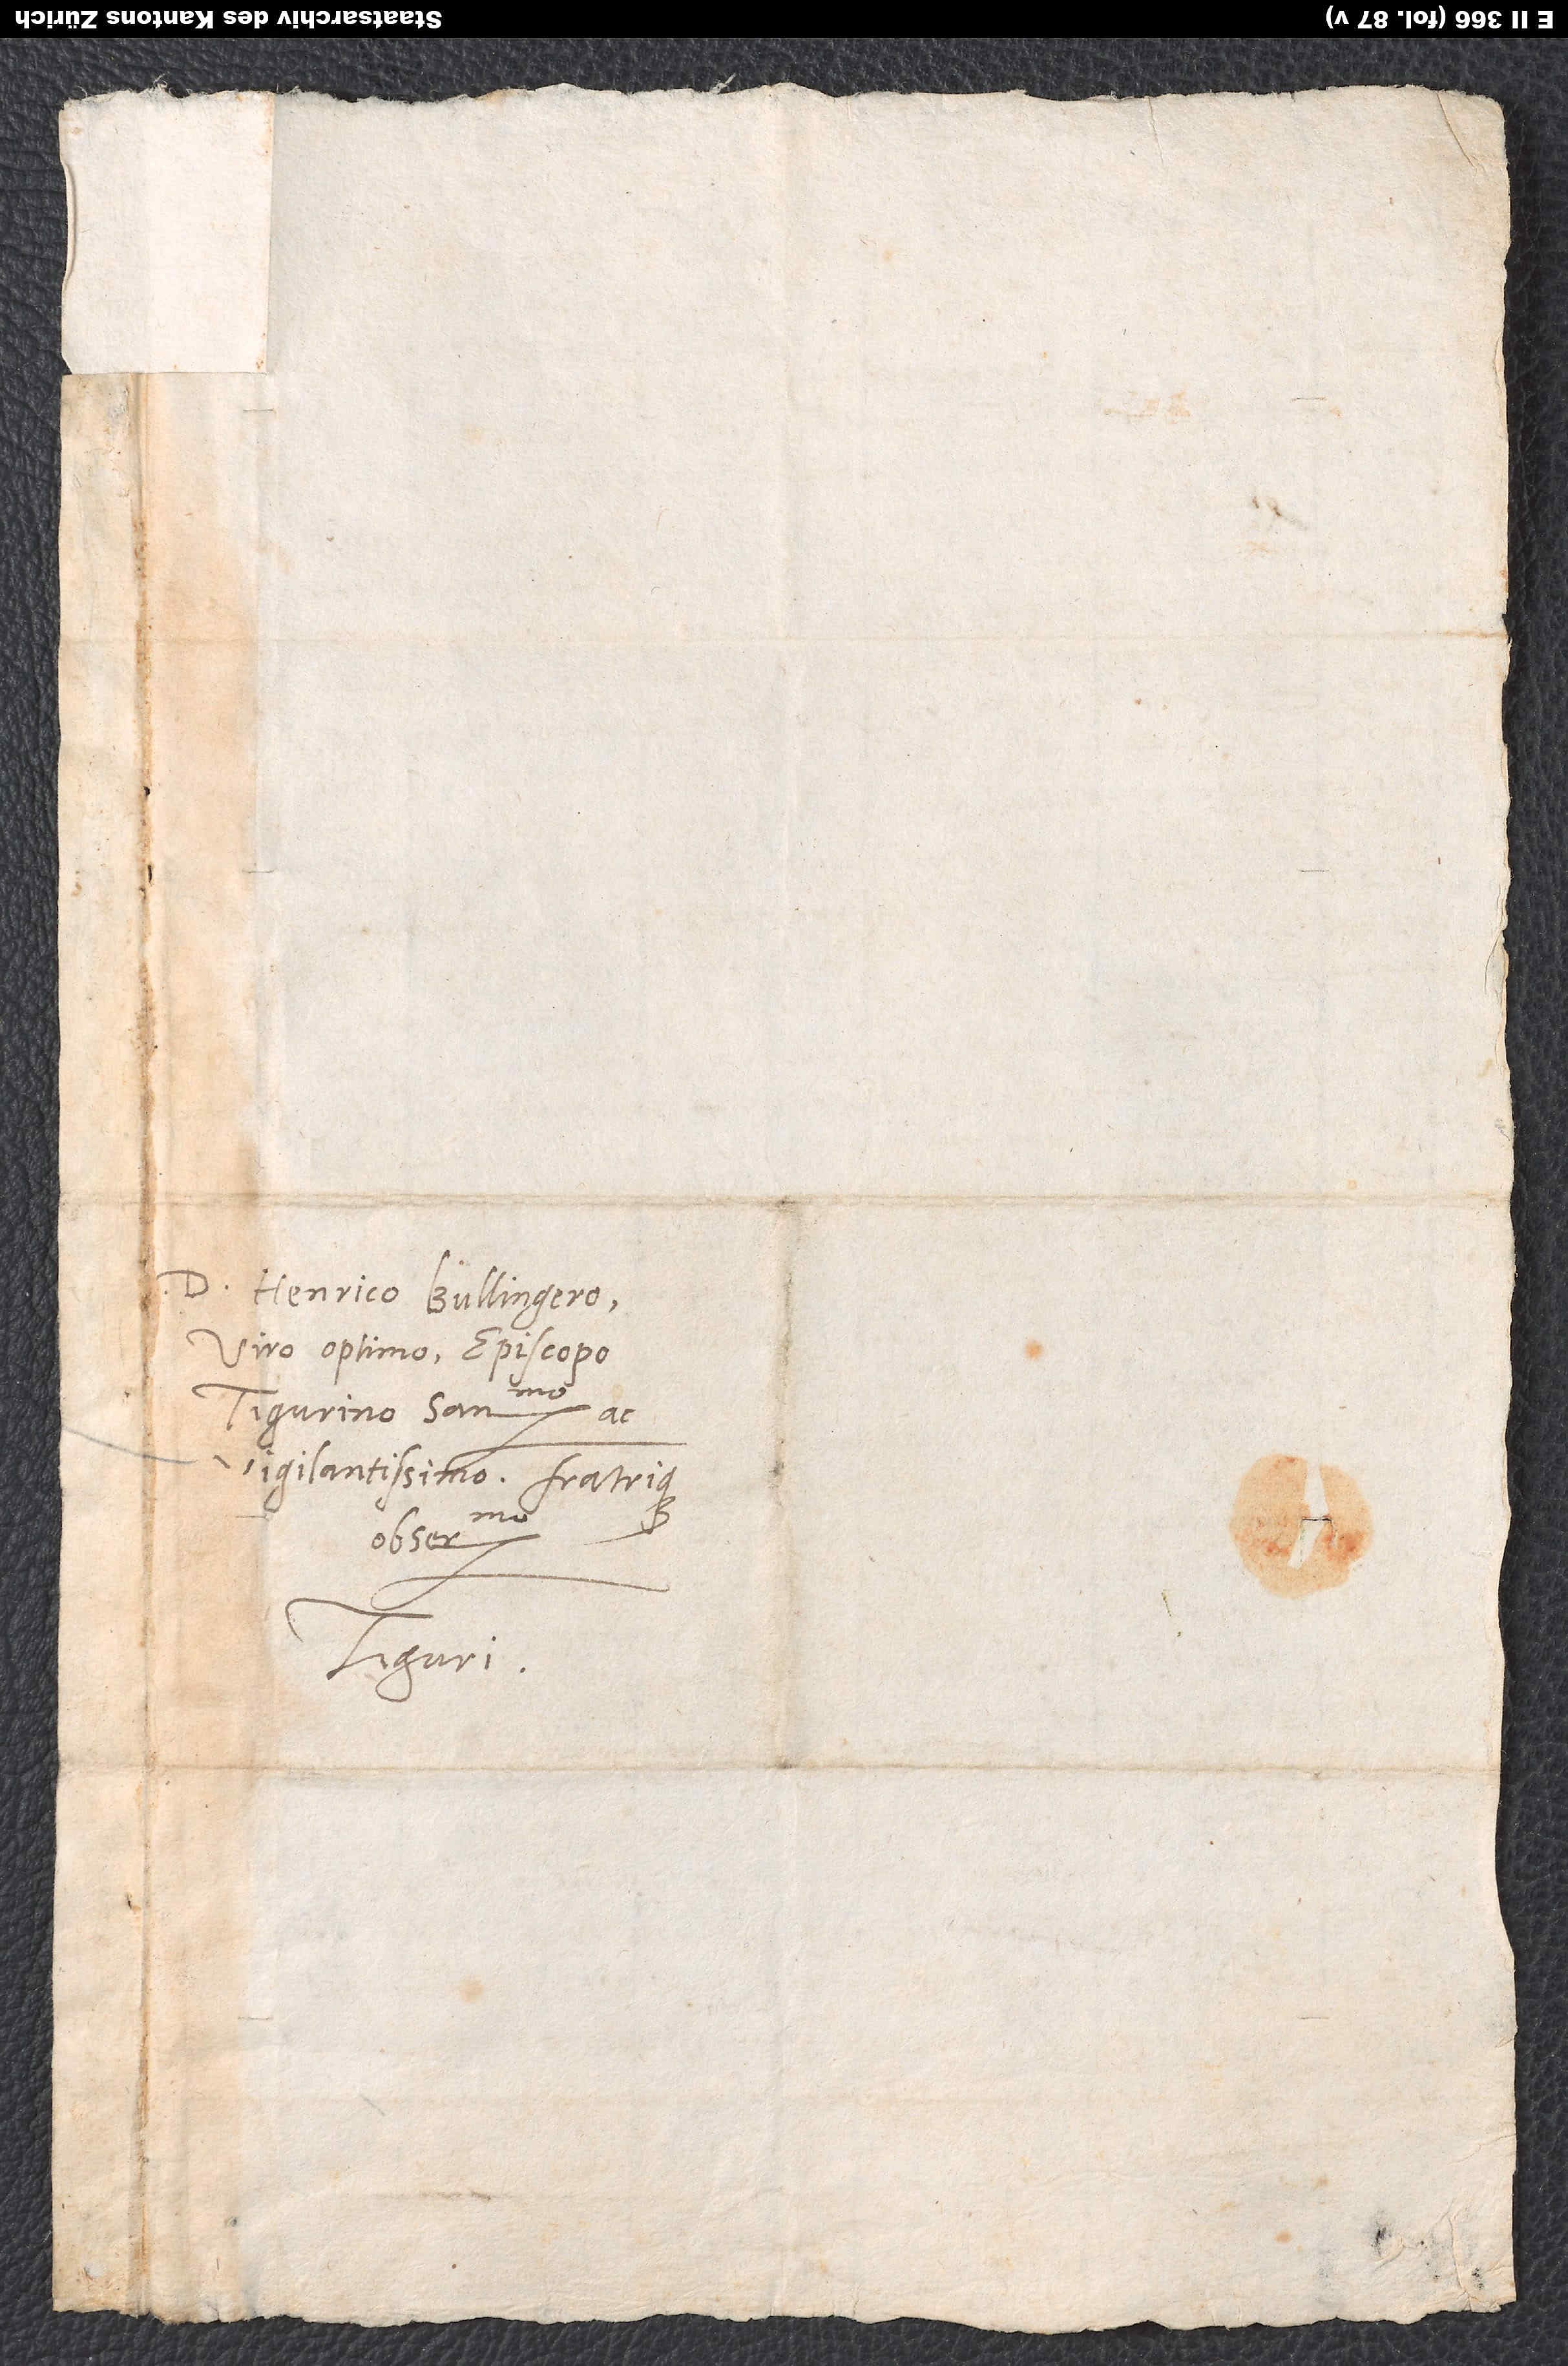
D. Henrico Bullingero,
viro optimo, episcopo
Tigurino sanctissimo ac
vigilantissimo fratrique
observandissimo.
Tiguri.